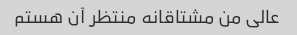
عالی من مشتاقانه منتظر آن هستم